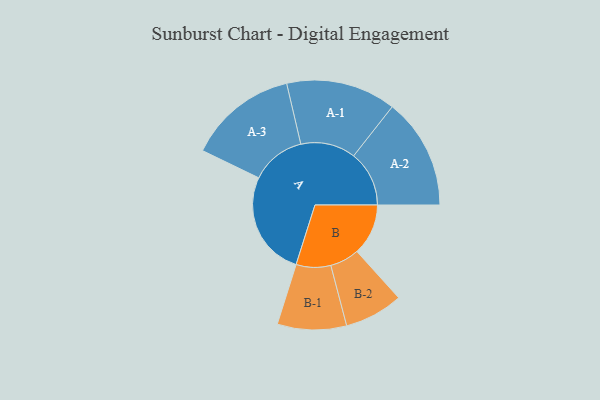
{"axis": {"x": "Segment", "y": "Value"}, "legend": ["", "A", "B"], "data": [{"x": "A", "y": 377, "type": ""}, {"x": "B", "y": 184, "type": ""}, {"x": "A-1", "y": 197, "type": "A"}, {"x": "A-2", "y": 199, "type": "A"}, {"x": "A-3", "y": 196, "type": "A"}, {"x": "B-1", "y": 124, "type": "B"}, {"x": "B-2", "y": 105, "type": "B"}]}